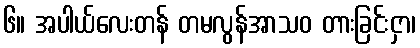
၆။ အပါယ်လေးတန် တမလွန်အာသဝ တားခြင်းငှာ၊